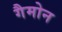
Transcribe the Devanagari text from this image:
गैमोन